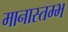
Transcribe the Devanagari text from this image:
मानास्तम्भ